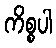
ကိစ္စပါ